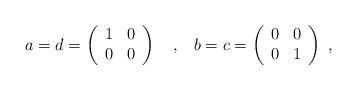
LaTeX: \begin{align*}a=d=\left(\begin{array}{cc}1 & 0 \\0 & 0\end{array}\right) \mathrm{\ \ \ ,\ \ \ }b=c=\left(\begin{array}{cc}0 & 0 \\0 & 1\end{array}\right)~,\end{align*}